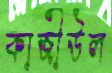
কাজীউল